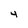
Character: 4